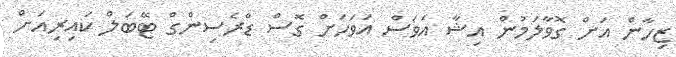
ޒިހާން އަށް ގޮވާލަމުން އިޝާ އަވަސް އަވަހަށް ގޮސް ޑްރެސިންގް ޓޭބަލް ކައިރިއަށް